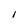
Character: I